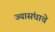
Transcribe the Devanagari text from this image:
ज्यासंघाचे